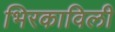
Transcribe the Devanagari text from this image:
भिरकाविली